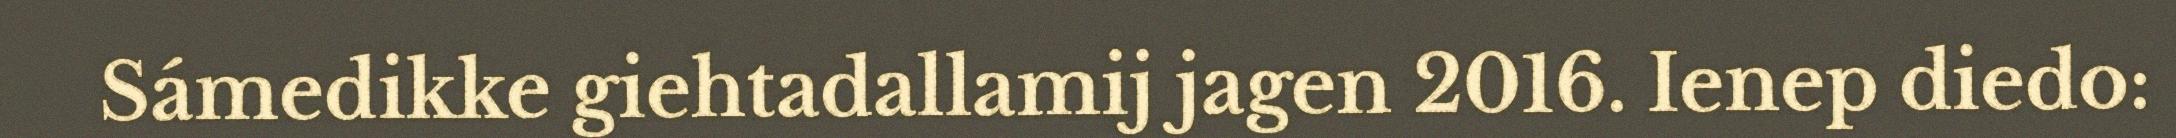
Sámedikke giehtadallamij jagen 2016. Ienep diedo: